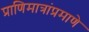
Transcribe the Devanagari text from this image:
प्राणिमात्रांप्रमाणे